Medical and sanitary report of the native army of Bengal for the year
Year: 1878
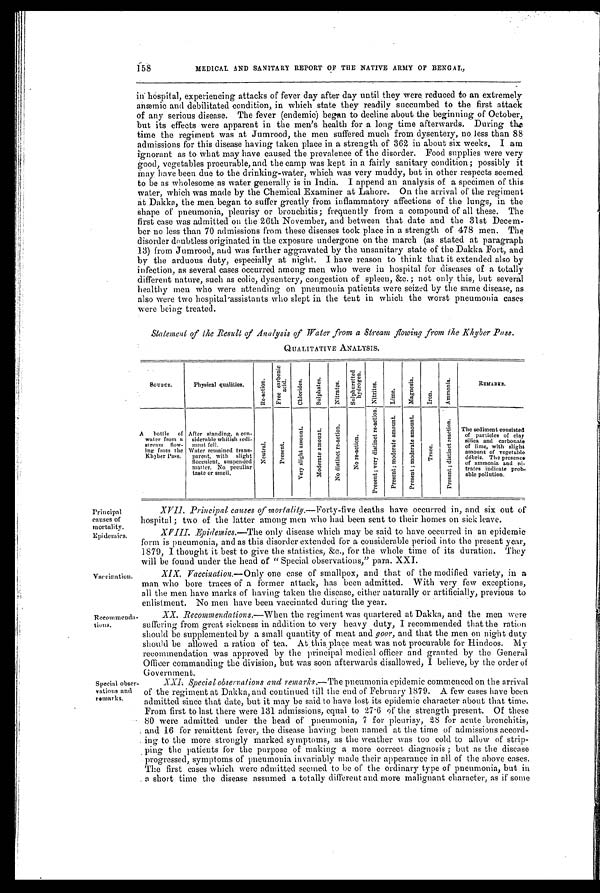
158
MEDICAL AND SANITARY REPORT OF THE NATIVE ARMY OF BENGAL,
in hospital, experiencing attacks of fever day after day until they were reduced to an extremely
anæmic and debilitated condition, in which state they readily succumbed to the first attack
of any serious disease. The fever (endemic) began to decline about the beginning of October,
but its effects were apparent in the men's health for a long time afterwards. a
Durin the
time the regime nt was at Jumrood, the men suffered much from dysentery, no less than 88
admissions for this disease having taken place in a strength of 362 in about six weeks. I am
ignorant as to What may have caused the prevalence of the disorder. Food supplies were very
good, vegetables procurable, and the camp was kept in a fairly sanitary condition; possibly it
May have been due to the drinking-water, which was very muddy, but in other respects seemed
to be as wholesome as water generally is in India. I append an analysis of a specimen of this
water, which was made by the Chemical Examiner at Lahore. On the arrival of the regiment
at Dakka, the men began to suffer greatly from inflammatory affections of the lungs, in the
Shape of pneumonia, pleurisy or bronchitis; frequently from a compound of all these. The
first case was admitted on the 26th November, and between that date and the 31st Decem-
ber no less than 70 admissions from these diseases took place in a strength of 478 men. The
disorder doubtless originated in the exposure undergone on the march (as stated at paragraph
13) from Jumrood, and was further aggravated by the unsanitary state of the Dakka Fort, and
by the arduous duty, especially at night. I have reason to think that it extended also by
infection, as several cases occurred among men who were in hospital for diseases of a totally
different nature, such as colic, dysentery, congestion of spleen, &amp;c. ; not only this, but several
healthy men who were attending on pneumonia patients were seized by the same disease, as
also were two hospital assistants who slept in the tent in which the worst pneumonia cases
were being treated.
Statement of the Result of Analysis of Water from a Stream flowing from the Khyber Pass.
•
QUALITATIVE ANALYSIS.
SOURCE.
Physical qualities.
R e - a c t i o n .
F r e e c a r b o n i c
a c i d .
C h i o r i d e s .
S u l p h a t e s .
N i t r a t e s .
S u l p h u r e t t e d
hydrogen.
N i t r i t e s .
L i m e .
M a g n e s i a .
I r o n .
A m m o n i a .
REMARKS.
A bottle of
water from a
stream flow-
ing from the
Khyber Pass.
After standing, a con-
siderable whitish sedi-
ment fell.
N e u t r a l .
P r e s e n t .
v e r y s l i g h t a m o u n t .
M o d e r a t e a m o u n t .
N o d i s t i n e t r e - a c t i o n .
N o r e - a c t i o n .
P r e s e n t ; v e r y d i s t i n c t r e - a c t i o n .
P r e s e n t ; m o d e r a t e a m o u n t . P r e s e n t ; m o d e r a t e a m o u n t .
T r a c e .
P r e s e n t ; d i s t i n c t r e a c t i o n .
The sediment consisted
of particles of clay
silica and carbonate
of lime, with slight
amount of vegetable
débris. The presence
of ammonia and ni-
trates indicate prob-
able pollution.
Water remained trans-
parent,with slight
flocculent, suspended
matter. No peculiar
taste or smell.
Principal
causes of
mortality.
XVII. Principal causes of mortality.— Forty-five deaths have occurred in, and six out of
hospital ; two of the latter among men who had been sent to their homes on sick leave.
Epidemics.
X V I I I . E p i d e m i c s . — T h e o n l y d i s e a s e w h i c h m a y b e s a i d t o h a v e o c c u r r e d i n a n e p i d e m i c
form is pneumonia, and as this disorder extended for a considerable period into the present year,
1879, I thought it best to give the statistics, &amp;c., for the whole time of its duration. They
will be found under the head of " Special observations," para. XXI.
Vaccination. XIX. Vaccination.— O n l y o n e c a s e o f s m a l l p o x , a n d t h a t o f t h e m o d i f i e d v a r i e t y , i n a
man who bore traces of a former attack, has been admitted. With very few exceptions,
all the men have marks of having taken the disease, either naturally or artificially, previous to
enlistment. No men have been vaccinated during the year.
Recommend
a-tions.
XX. Recommendations.— W h e n t h e r e g i m e n t w a s q u a r t e r e d a t D a k k a , a n d t h e m e n w e r e
suffering from great sickness in addition to very heavy duty, I recommended that the ration
should be supplemented by a small quantity of meat and goor, and that the men on night duty
should be allowed a ration of tea. At this place meat was not procurable for Hindoos. My
recommendation was approved by the principal medical officer and granted by the General
Officer commanding the division, but was soon afterwards disallowed, I believe, by the order of
Government.
Special obs
e r e - v a t i o n s a n d
remarks.
XXI. Special observations and remarks. — T h e p n e u m o n i a e p i d e m i c c o m m e n c e d o n t h e a r r i v a l
of the regiment at Dakka, and continued till the end of February 1879. A few cases have been
admitted since that date, but it may be said to have lost its epidemic character about that time.
From first to last there were 131 admissions, equal to 27.6 of the strength present. Of these
80 were admitted under the head of pneumonia, 7 for pleurisy, 28 for acute bronchitis,
and 16 for remittent fever, the disease having been named at the time of admissions accord-
ing to the more strongly marked symptoms, as the weather was too cold to allow of strip-
ping the patients for the purpose of making a more correct diagnosis ; but as the disease
progressed, symptoms of pneumonia invariably made their appearance in all of the above cases.
The first cases which were admitted seemed to be of the ordinary type of pneumonia, but in
a short time the disease assumed a totally different and more malignant character, as if some